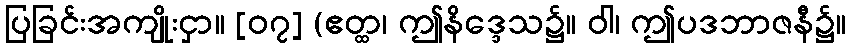
ပြခြင်းအကျိုးငှာ။ [၀၇] (ဧတ္ထ၊ ဤနိဒ္ဒေသ၌။ ဝါ၊ ဤပဒဘာဇနီ၌။